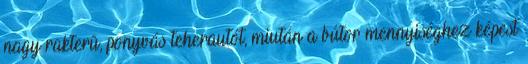
nagy rakterû, ponyvás teherautót, miután a bútor mennyiséghez képest